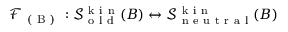
\mathcal { F } _ { \mathrm { ~ ( ~ B ~ ) ~ } } : \mathcal { S } _ { \mathrm { ~ o ~ l ~ d ~ } } ^ { \mathrm { ~ k ~ i ~ n ~ } } ( B ) \leftrightarrow \mathcal { S } _ { \mathrm { ~ n ~ e ~ u ~ t ~ r ~ a ~ l ~ } } ^ { \mathrm { ~ k ~ i ~ n ~ } } ( B )